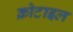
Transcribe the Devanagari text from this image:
क्रोटाइल